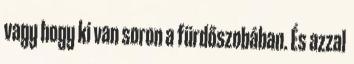
vagy hogy ki van soron a fürdőszobában. És azzal